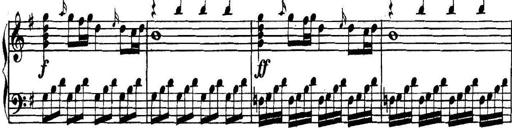
Title: Collected Piano Sonatas
Composer: Muzio Clementi